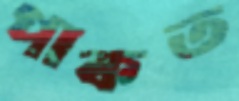
পাকত